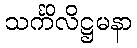
သင်္ကိလိဋ္ဌမနာ